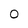
Character: 0